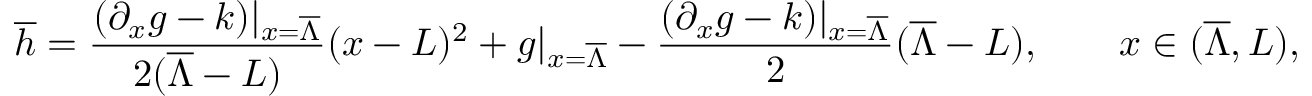
\overline { { h } } = \frac { ( \partial _ { x } g - k ) | _ { x = \overline { { \Lambda } } } } { 2 ( \overline { { \Lambda } } - L ) } ( x - L ) ^ { 2 } + g | _ { x = \overline { { \Lambda } } } - \frac { ( \partial _ { x } g - k ) | _ { x = \overline { { \Lambda } } } } { 2 } ( \overline { { \Lambda } } - L ) , \qquad x \in ( \overline { { \Lambda } } , L ) ,